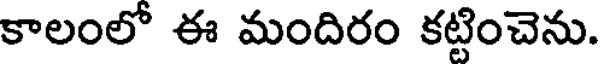
కాలంలో ఈ మందిరం కట్టించెను.